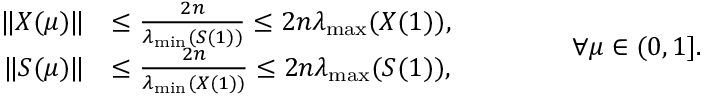
\begin{array} { r l } { \| X ( \mu ) \| } & { \le \frac { 2 n } { \lambda _ { \operatorname* { m i n } } ( S ( 1 ) ) } \le 2 n \lambda _ { \operatorname* { m a x } } ( X ( 1 ) ) , } \\ { \| S ( \mu ) \| } & { \le \frac { 2 n } { \lambda _ { \operatorname* { m i n } } ( X ( 1 ) ) } \le 2 n \lambda _ { \operatorname* { m a x } } ( S ( 1 ) ) , } \end{array} \qquad \qquad \forall \mu \in ( 0 , 1 ] .